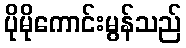
ပိုမိုကောင်းမွန်သည်